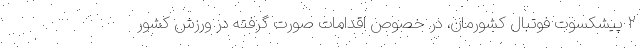
۲ پیشکسوت فوتبال کشورمان، در خصوص اقدامات صورت گرفته در ورزش کشور